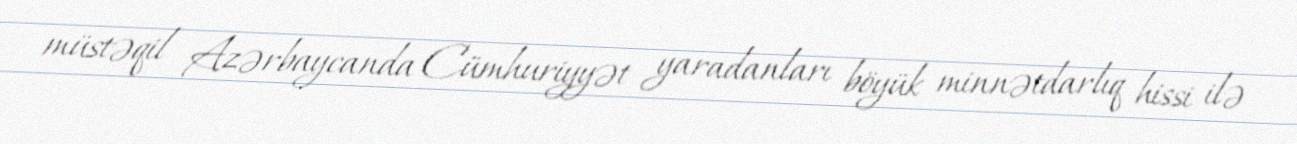
müstəqil Azərbaycanda Cümhuriyyət yaradanları böyük minnətdarlıq hissi ilə